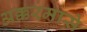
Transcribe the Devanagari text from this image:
अक्करमासे